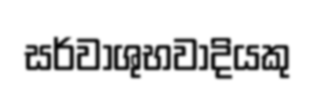
සර්වාශුභවාදියකු